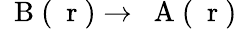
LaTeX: \mathrm{~\mathbf~B~}(\mathrm{~\mathbf~r~})\to\mathrm{~\mathbf~A~}(\mathrm{~\mathbf~r~})